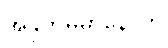
အနုကမ္ပမာနောတိ